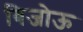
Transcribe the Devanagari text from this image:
बिजोऊ